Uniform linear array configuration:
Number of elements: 16
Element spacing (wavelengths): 0.75
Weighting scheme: hamming
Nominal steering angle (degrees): -30
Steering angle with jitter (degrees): -30.151
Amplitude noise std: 0.05
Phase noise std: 0.05

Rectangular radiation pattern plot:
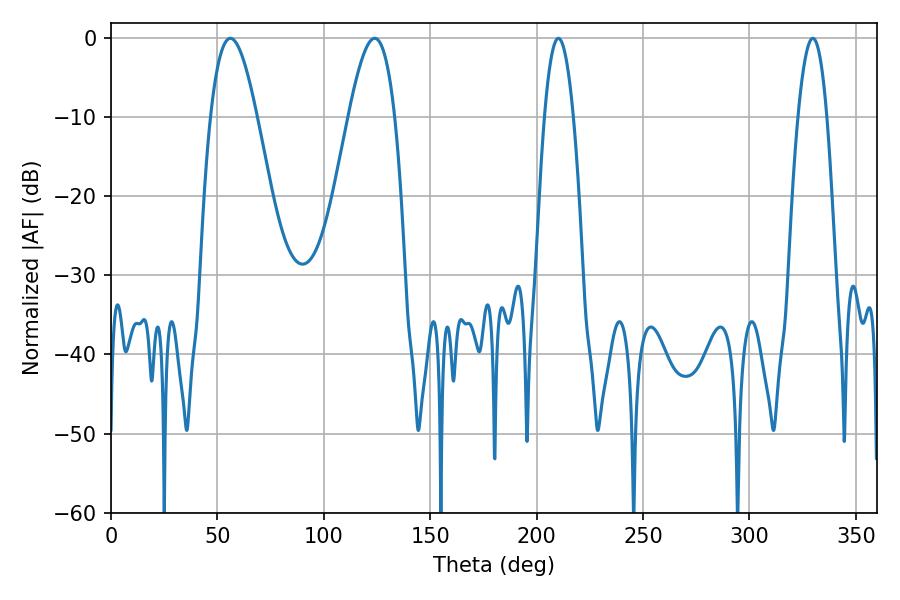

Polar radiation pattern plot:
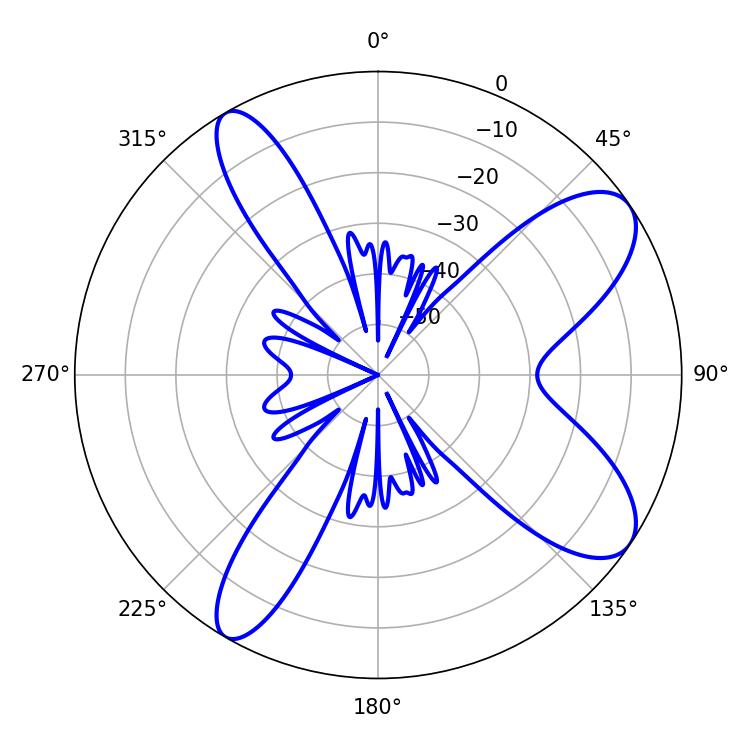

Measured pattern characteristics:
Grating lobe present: TRUE
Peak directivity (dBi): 9.316
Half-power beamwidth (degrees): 7.38
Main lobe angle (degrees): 210.24